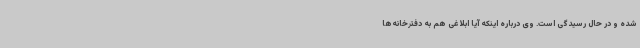
شده و در حال رسیدگی است. وی درباره اینکه آیا ابلاغی هم به دفترخانه‌ها